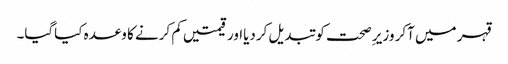
قہر میں آکر وزیر ِصحت کو تبدیل کردیااور قیمتیں کم کرنے کا وعدہ کیاگیا۔